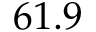
6 1 . 9